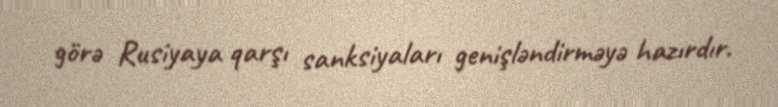
görə Rusiyaya qarşı sanksiyaları genişləndirməyə hazırdır.